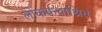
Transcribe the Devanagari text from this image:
लोककथाश्रित